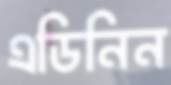
এডিনিন